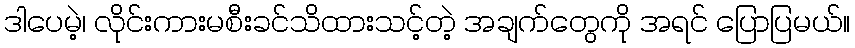
ဒါပေမဲ့၊ လိုင်းကားမစီးခင်သိထားသင့်တဲ့ အချက်တွေကို အရင် ပြောပြမယ်။